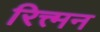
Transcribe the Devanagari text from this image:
रित्त्मन